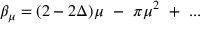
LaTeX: \beta _ { \mu } = ( 2 - 2 \Delta ) \mu ~ - ~ \pi \mu ^ { 2 } ~ + ~ . . .